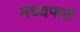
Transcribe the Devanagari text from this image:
मध्यफल